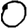
Digit: 0